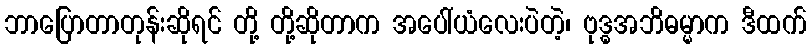
ဘာပြောတာတုန်းဆိုရင် တို့ တို့ဆိုတာက အပေါ်ယံလေးပဲတဲ့၊ ဗုဒ္ဓအဘိဓမ္မာက ဒီထက်